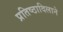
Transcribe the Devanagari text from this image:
प्रतिष्ठादिलाने